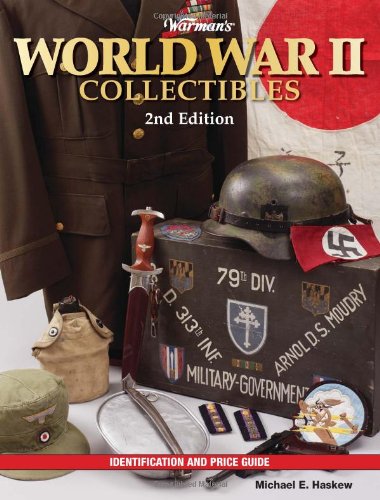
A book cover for Warman's World War II Collectibles: Identification and Price Guide (Warman's World War II Collectibles: Identification & Price Guide); Michael E. Haskew; Crafts, Hobbies & Home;